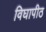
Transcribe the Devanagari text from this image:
विघापीठ